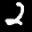
Label: 2